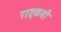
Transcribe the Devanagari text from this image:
राष्ट्रकवी